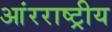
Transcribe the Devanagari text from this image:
आंरराष्ट्रीय